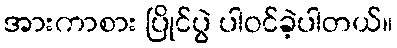
အားကာစား ပြိုင်ပွဲ ပါဝင်ခဲ့ပါတယ်။